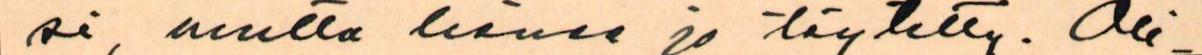
si, mutta lienee jo täytetty. Oli-